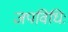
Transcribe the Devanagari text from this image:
जपविधिः